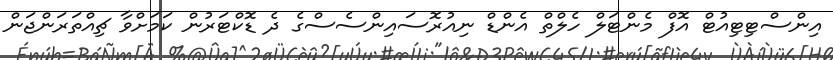
އިންސްޓިޓިއުޓް އޮފް މެންޓަލް ހެލްްތް އެންޑް ނިއުރޮސައިންސެސްގެ ދެ ޑޮކްޓަރުން ކަމަށްވާ ޗިއްތަރަންޖަން